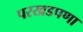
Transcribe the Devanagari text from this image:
परखडपणा